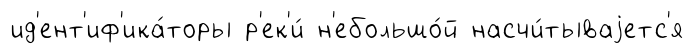
ид'ент'иф'ика́торы р'ек'и́ н'ебольшо́й насчи́тываjетс'я